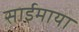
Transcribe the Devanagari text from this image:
साईमाया